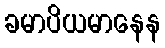
ခမာပိယမာနေန